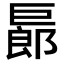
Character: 𢀨